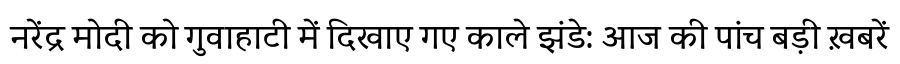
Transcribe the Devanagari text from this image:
नरेंद्र मोदी को गुवाहाटी में दिखाए गए काले झंडे: आज की पांच बड़ी ख़बरें